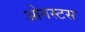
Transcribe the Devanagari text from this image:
ओगस्टस